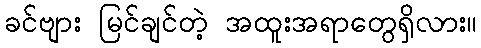
ခင်ဗျား မြင်ချင်တဲ့ အထူးအရာတွေရှိလား။